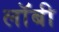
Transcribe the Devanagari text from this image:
लाॅबी